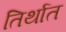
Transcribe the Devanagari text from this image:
तिर्थात